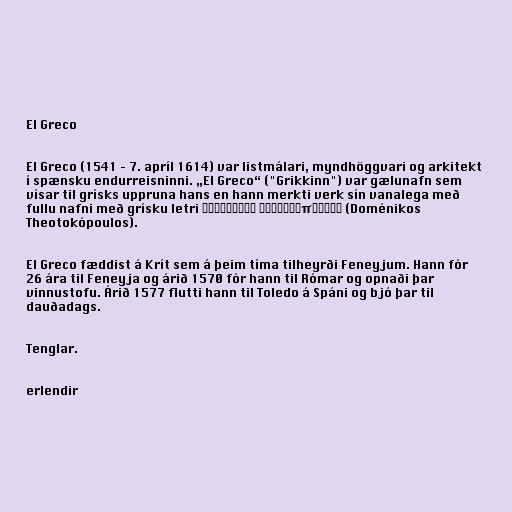
El Greco

El Greco (1541 – 7. apríl 1614) var listmálari, myndhöggvari og arkitekt
í spænsku endurreisninni. „El Greco“ ("Grikkinn") var gælunafn sem
vísar til grísks uppruna hans en hann merkti verk sín vanalega með
fullu nafni með grísku letri Δομήνικος Θεοτοκόπουλος (Doménikos
Theotokópoulos).

El Greco fæddist á Krít sem á þeim tíma tilheyrði Feneyjum. Hann fór
26 ára til Feneyja og árið 1570 fór hann til Rómar og opnaði þar
vinnustofu. Árið 1577 flutti hann til Toledo á Spáni og bjó þar til
dauðadags.

Tenglar.

erlendir